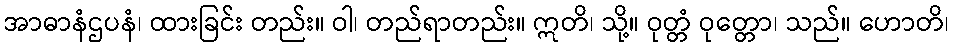
အာဓာနံဌပနံ၊ ထားခြင်း တည်း။ ဝါ၊ တည်ရာတည်း။ ဣတိ၊ သို့။ ဝုတ္တံ ဝုတ္တော၊ သည်။ ဟောတိ၊